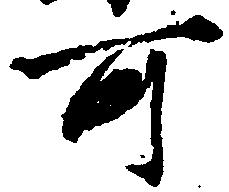
可